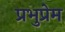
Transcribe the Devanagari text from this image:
प्रभुप्रेम